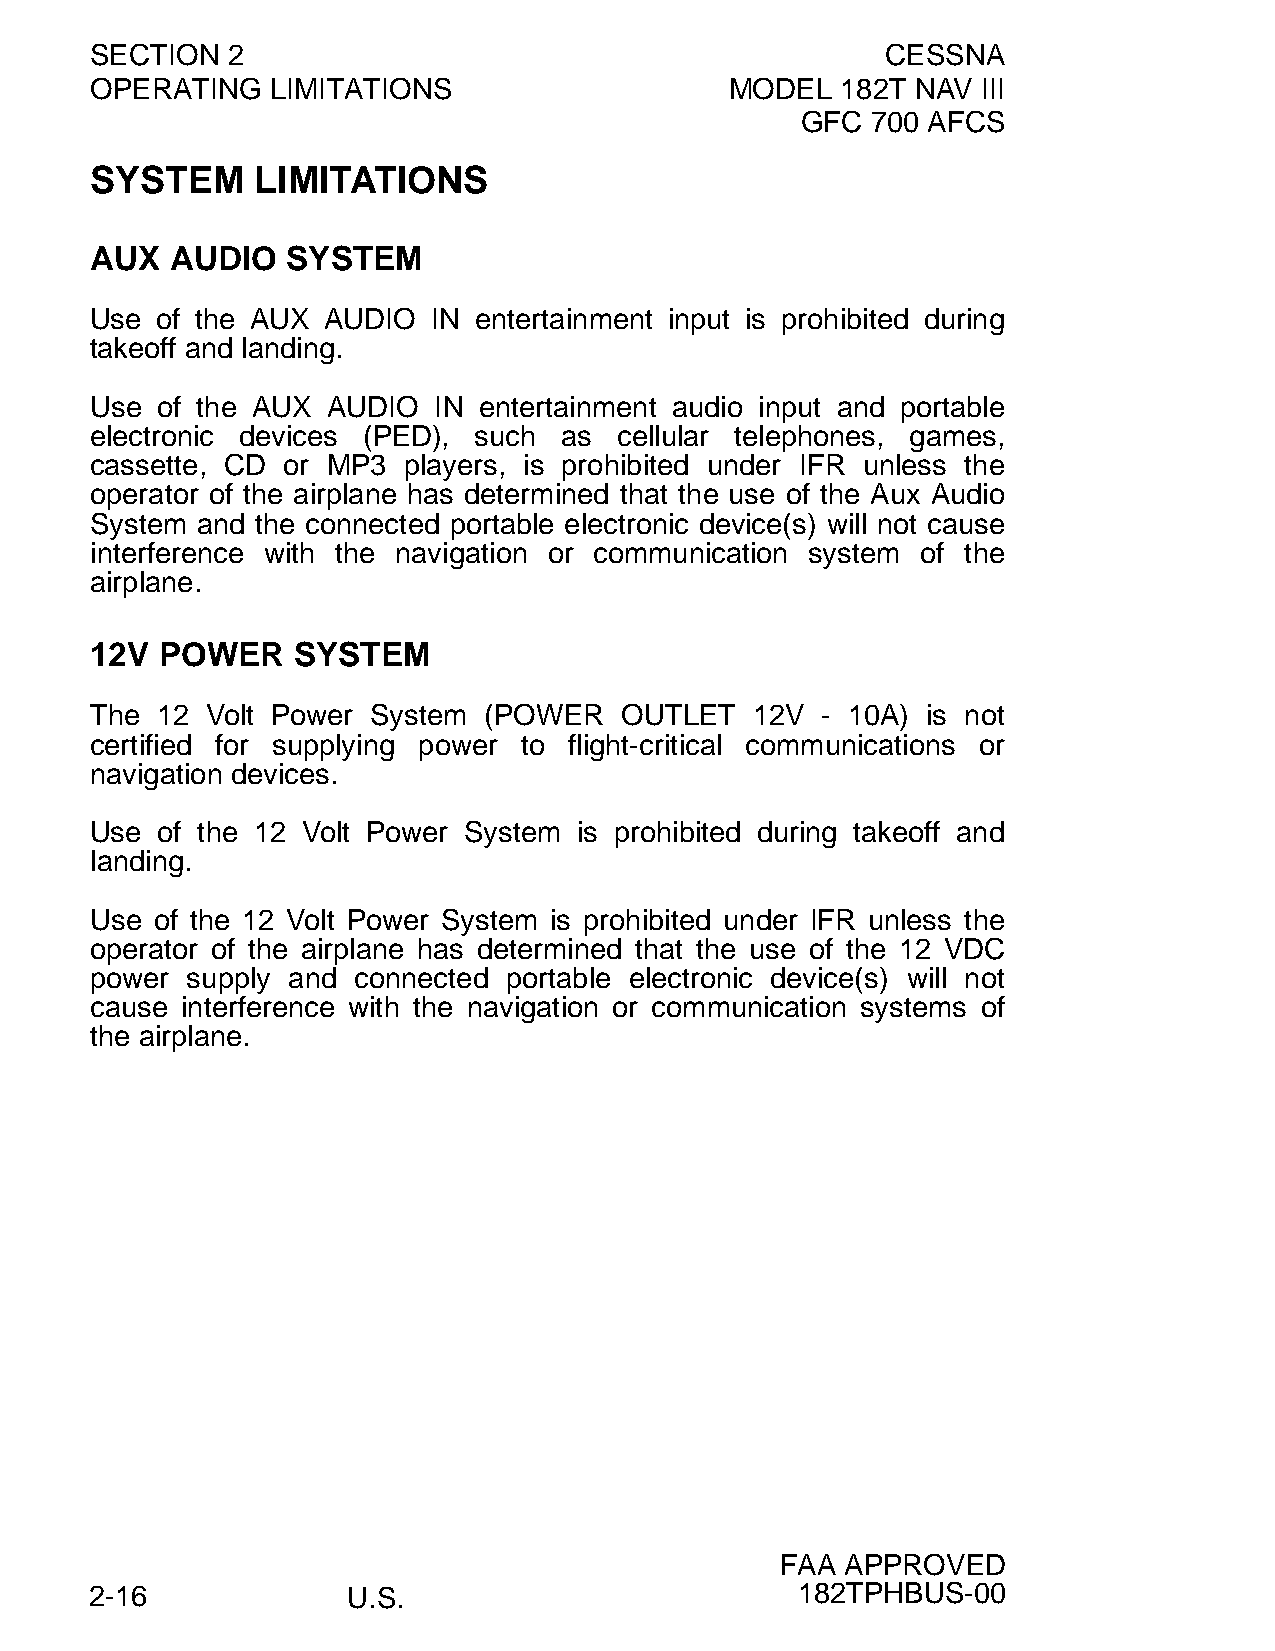
SECTION  2                                           CESSNA
 OPERATING   LIMITATIONS                   MODEL   182T NAV III
 GFC  700 AFCS
 SYSTEM     LIMITATIONS
 AUX  AUDIO   SYSTEM
 Use of the AUX AUDIO   IN entertainment input is prohibited during
 takeoff and landing.
 Use of the AUX  AUDIO  IN entertainment audio input and portable
 electronic devices (PED), such as  cellular telephones, games,
 cassette, CD or MP3  players, is prohibited under IFR unless the
 operator of the airplane has determined that the use of the Aux Audio
 System and the connected portable electronic device(s) will not cause
 interference with the navigation or communication system of the
 airplane.
 12V POWER    SYSTEM
 The 12  Volt Power System (POWER   OUTLET   12V - 10A) is not
 certified for supplying power to flight-critical communications or
 navigation devices.
 Use of the 12 Volt Power System is prohibited during takeoff and
 landing.
 Use of the 12 Volt Power System is prohibited under IFR unless the
 operator of the airplane has determined that the use of the 12 VDC
 power supply and connected  portable electronic device(s) will not
 cause interference with the navigation or communication systems of
 the airplane.
 FAA APPROVED
 2-16             U.S.                          182TPHBUS-00